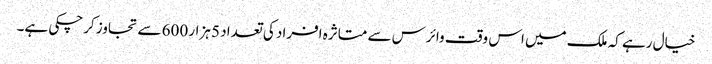
خیال رہے کہ ملک میں اس وقت وائرس سے متاثرہ افراد کی تعداد 5 ہزار 600 سے تجاوز کرچکی ہے۔